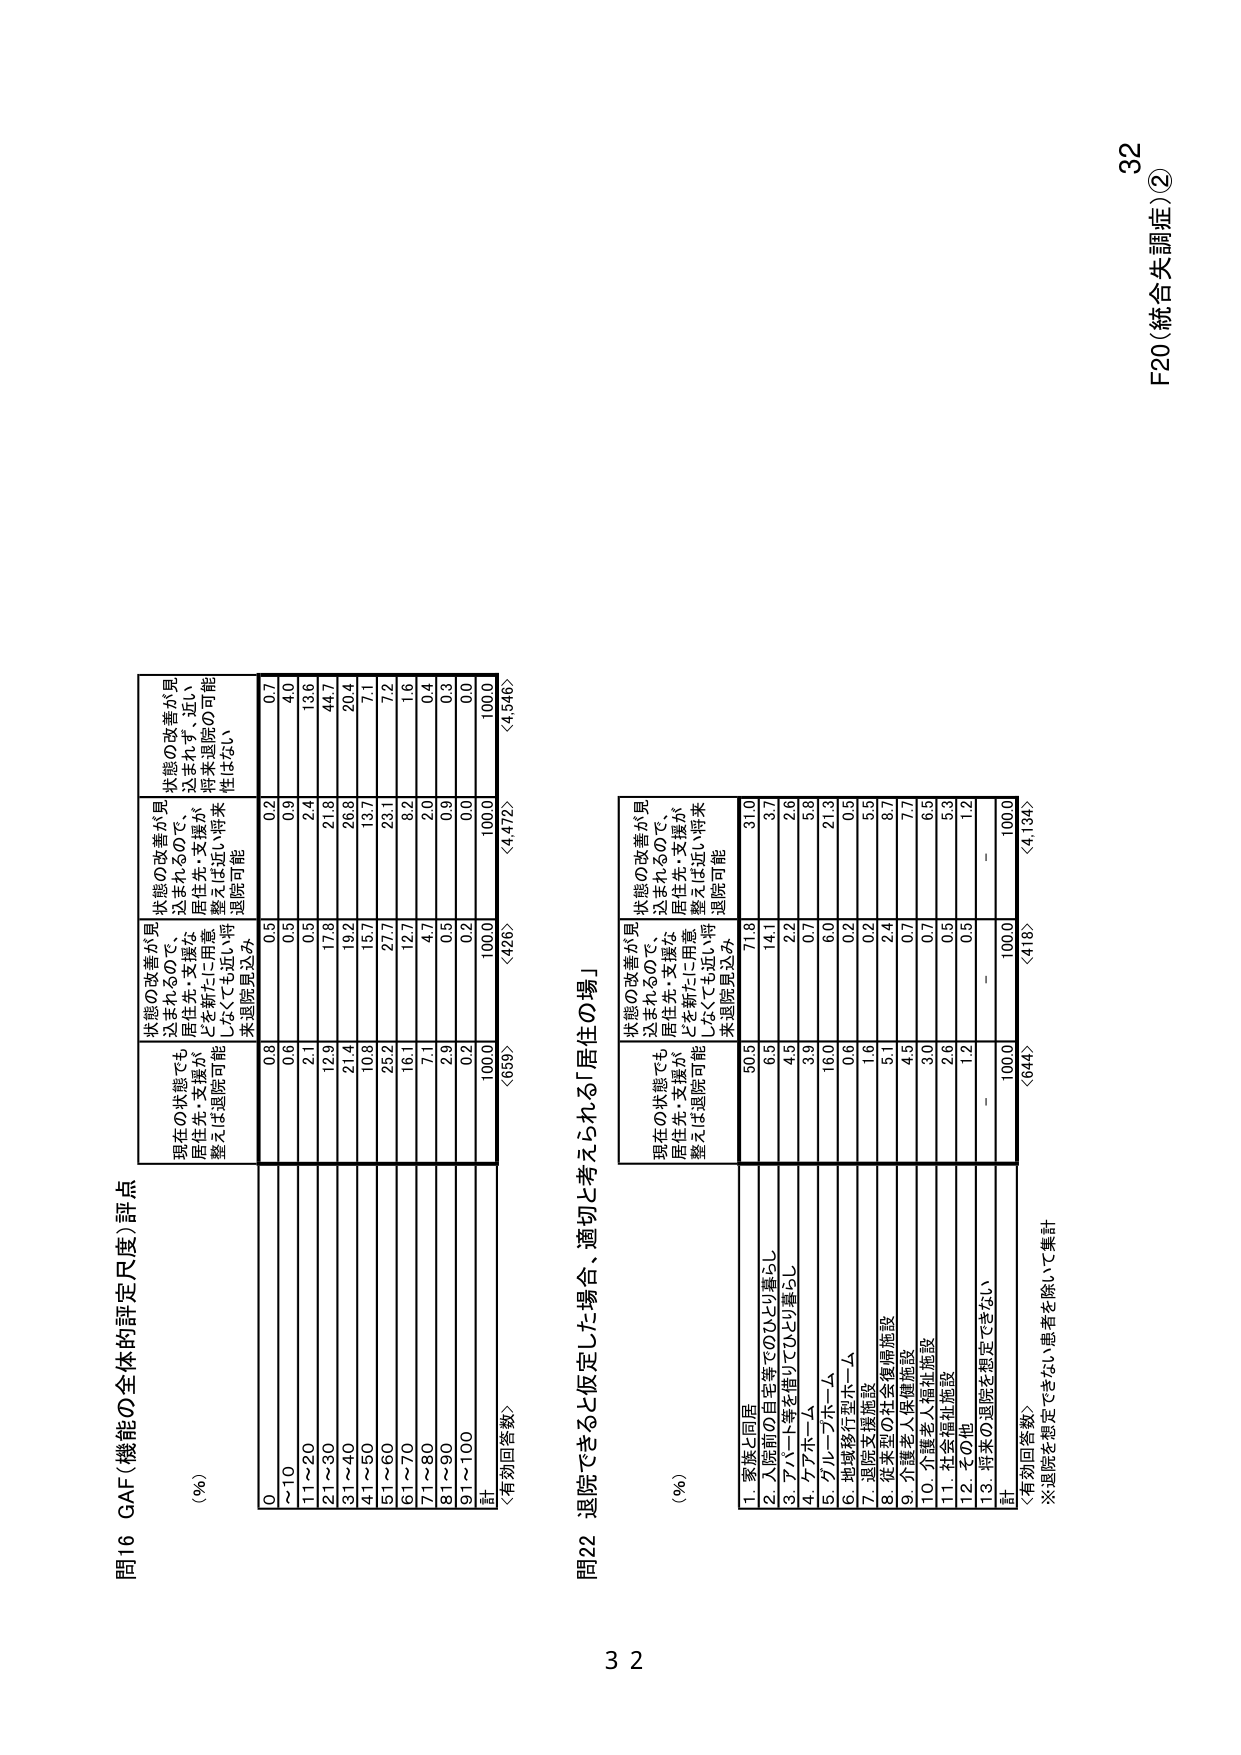
問16 GAF（機能の全体的評定尺度）評点
（％）
0～10
11～20
21～30
31～40
41～50
51～60
61～70
71～80
81～90
91～100
計
〈有効回答数〉
現在の状態でも
居住先・支援が
整えば退院可能
状態の改善が見
込まれるので、
居住先・支援が
とを新たに用意
しなくても近い将
来退院見込み
状態の改善が見
込まれるので、
居住先・支援が
整えば近い将来
退院可能
状態の改善が見
込まれるので、
居住先・支援が
整えば近い将来
退院可能
0.8
0.6
2.1
12.9
21.4
10.8
25.2
16.1
7.1
2.9
0.2
100.0
〈659〉
0.5
0.3
0.5
17.8
19.2
13.7
27.7
12.7
4.7
0.3
0.2
100.0
〈426〉
0.2
0.9
2.4
21.8
26.8
13.7
23.1
8.2
2.0
0.9
0.0
100.0
〈4,472〉
0.7
4.0
13.6
44.7
20.4
7.1
7.2
1.6
0.4
0.3
0.0
100.0
〈4,546〉

問22 退院できると仮定した場合、適切と考えられる「居住の場」
（％）
1. 家族と同居
2. 入院前の自宅等でのひとり暮らし
3. アパート等を借りてひとり暮らし
4. ケアホーム
5. グループホーム
6. 地域移行型ホーム
7. 退院支援施設
8. 従来型の社会復帰施設
9. 介護老人保健施設
10. 介護老人福祉施設
11. 社会福祉施設
12. その他
13. 将来の退院を想定できない
計
〈有効回答数〉
※退院を想定できない患者を除いて集計
現在の状態でも
居住先・支援が
整えば退院可能
状態の改善が見
込まれるので、
居住先・支援が
とを新たに用意
しなくても近い将
来退院見込み
状態の改善が見
込まれるので、
居住先・支援が
整えば近い将来
退院可能
状態の改善が見
込まれるので、
居住先・支援が
整えば近い将来
退院可能
50.5
6.5
4.5
3.9
16.0
0.6
1.6
5.1
4.5
3.0
2.6
1.2
－
100.0
〈644〉
71.8
14.1
2.2
0.7
6.0
0.2
0.2
2.4
0.7
0.7
0.5
0.5
－
100.0
〈418〉
31.0
3.7
2.6
5.8
21.3
0.5
5.5
8.7
7.7
6.5
5.3
1.2
－
100.0
〈4,134〉

F20（統合失調症）②
32
32